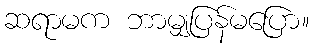
ဆရာမက ဘာမျှပြန်မပြော။